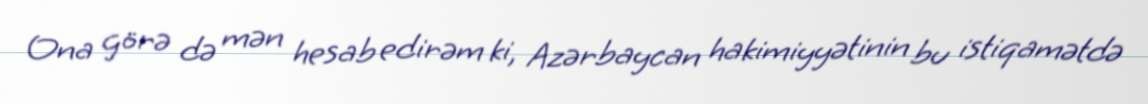
Ona görə də mən hesab edirəm ki, Azərbaycan hakimiyyətinin bu istiqamətdə